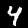
Digit: 4